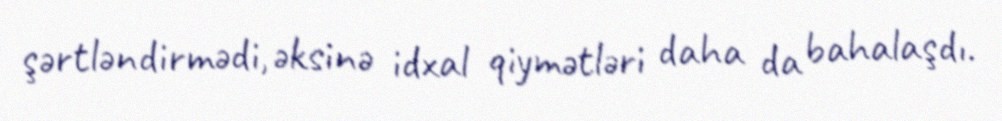
şərtləndirmədi, əksinə idxal qiymətləri daha da bahalaşdı.